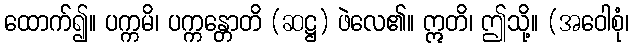
ထောက်၍။ ပက္ကမိ၊ ပက္ကန္တောတိ (ဆဋ္ဌ) ဖဲလေ၏။ ဣတိ၊ ဤသို့။ (အဝေါစုံ၊